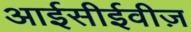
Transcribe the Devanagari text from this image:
आईसीईवीज़